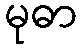
မုဓာ